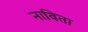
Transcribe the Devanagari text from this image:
नाविता